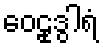
ဝေဠုဒွါရံ